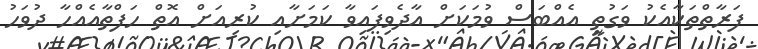
ފަރާތްތަކާއެކު ވަގުތީ އެއްބަސް ވުމަކަށް އާދެވިފައިވާ ކަމަށާއި ކުރިއަށް އޮތް ހަފްތާއެއްހާ ދުވަހު